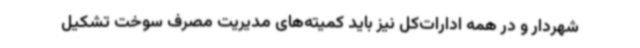
شهردار و در همه ادارات‌کل نیز باید کمیته‌های مدیریت مصرف سوخت تشکیل